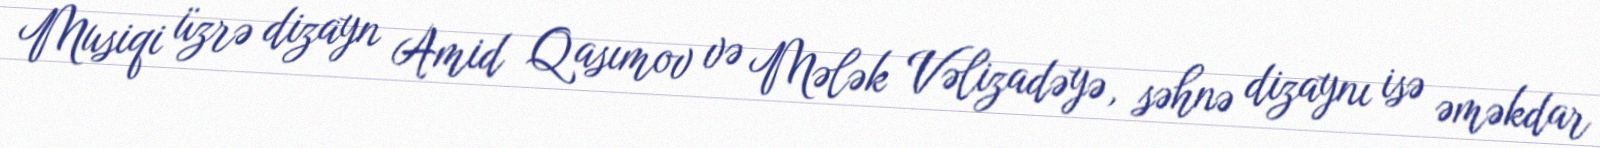
Musiqi üzrə dizayn Amid Qasımov və Mələk Vəlizadəyə, səhnə dizaynı isə əməkdar